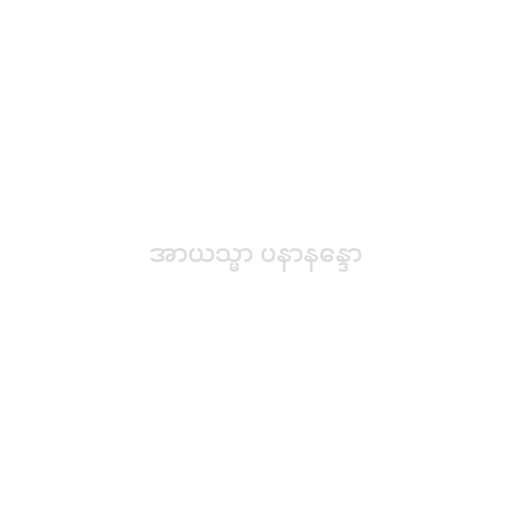
အာယသ္မာ ပနာနန္ဒော